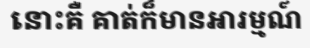
នោះគឺ គាត់ក៏មានអារម្មណ៍